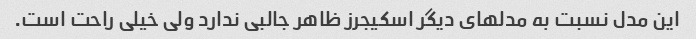
این مدل نسبت به مدلهای دیگر اسکیجرز ظاهر جالبی ندارد ولی خیلی راحت است.